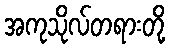
အကုသိုလ်တရားတို့